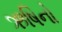
ઋષિનો